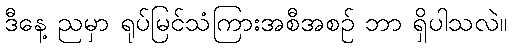
ဒီနေ့ ညမှာ ရုပ်မြင်သံကြားအစီအစဉ် ဘာ ရှိပါသလဲ။